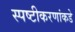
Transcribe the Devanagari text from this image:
स्पष्टीकरणांकडे